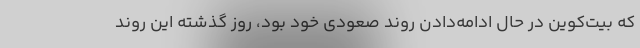
که بیت‌کوین در حال ادامه‌دادن روند صعودی خود بود، روز گذشته این روند